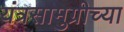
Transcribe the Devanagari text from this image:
यंत्रसामुग्रीच्या